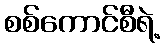
စစ်ကောင်စီရဲ့